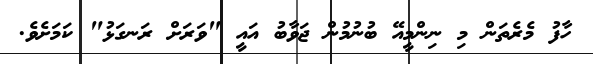
ހާފު މެރެތަން މި ނިންމީއޭ ބުނުމުން ޖަވާބު އައީ "ވަރަށް ރަނގަޅު" ކަމަށެވެ.